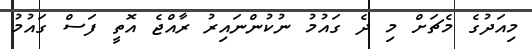
މިއަދުގެ މެޗަށް މި ދެ ގައުމު ނުކުންނައިރު ރާއްޖެ އޮތީ ފަސް ގައުމު